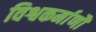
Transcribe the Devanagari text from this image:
विश्वकर्माणौ